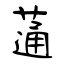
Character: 蓪